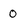
Character: 0